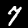
Label: 7